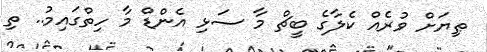
ޠިޔަށް ވުރެއް ކެލާގެ ބީޗް މާ ސަޅި އެންޑް މާ ހިތްގައިމު.. ތި